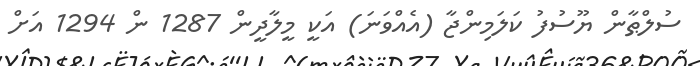
ސުލްޠާން ޔޫސުފު ކަލަމިންޖާ (އެއްވަނަ) އަކީ މީލާދީން 1287 ން 1294 އަށް